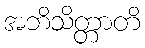
အဘိသိတ္တာတိ